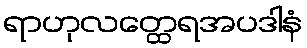
ရာဟုလတ္ထေရအပဒါနံ